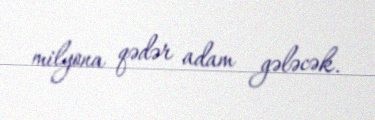
milyona qədər adam gələcək.